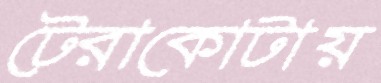
টেরাকোটায়